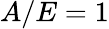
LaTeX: A/E=1